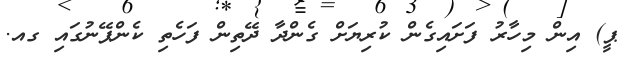
ޕީ) އިން މިހާރު ފަށައިގެން ކުރިޔަށް ގެންދާ ދޭތިން ފަހެތި ކެންޕޭނުގައި ގއ.